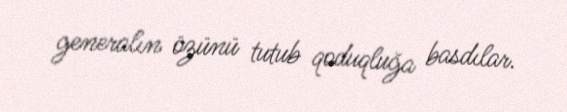
generalın özünü tutub qoduqluğa basdılar.